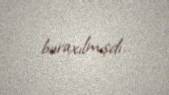
buraxılmışdı.